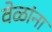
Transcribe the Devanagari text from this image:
वेळांना